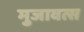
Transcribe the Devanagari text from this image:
मुजावत्स